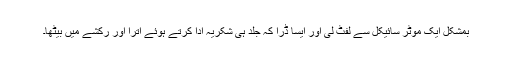
بمشکل ایک موٹر سائیکل سے لفٹ لی اور ایسا ڈرا کہ جلد ہی شکریہ ادا کرتے ہوئے اُترا اور رکشے میں بیٹھا۔